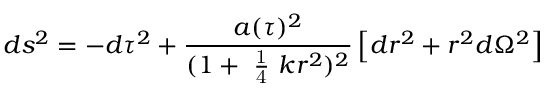
d s ^ { 2 } = - d \tau ^ { 2 } + \frac { a ( \tau ) ^ { 2 } } { ( 1 + \mathrm { ~ \frac { 1 } { 4 } ~ } k r ^ { 2 } ) ^ { 2 } } \left[ d r ^ { 2 } + r ^ { 2 } d \Omega ^ { 2 } \right]